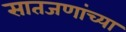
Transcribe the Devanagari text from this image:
सातजणांच्या